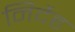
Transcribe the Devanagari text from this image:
निर्देह